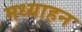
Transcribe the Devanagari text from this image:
मध्याहन